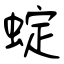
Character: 蝊